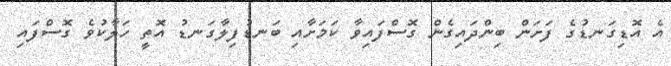
އެ އޮޑިގަނޑުގެ ފަށަން ބިންދައިގެން ގޮސްފައިވާ ކަމަށާއި ބަނޑުފިލާގަނޑު އޮތީ ހަލާކުވެ ގޮސްފައި